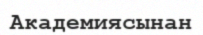
Академиясынан